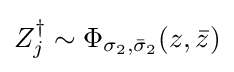
Z_{j}^{\dagger }\sim \Phi _{\sigma _{2},{\bar {\sigma }}_{2}}(z,{\bar {z}})